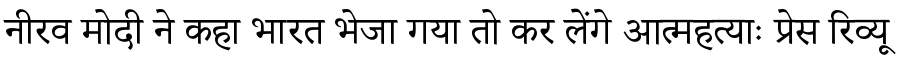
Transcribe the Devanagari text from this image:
नीरव मोदी ने कहा भारत भेजा गया तो कर लेंगे आत्महत्याः प्रेस रिव्यू